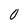
Character: 0